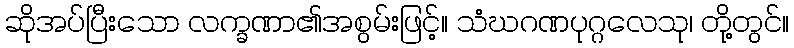
ဆိုအပ်ပြီးသော လက္ခဏာ၏အစွမ်းဖြင့်။ သံဃဂဏပုဂ္ဂလေသု၊ တို့တွင်။